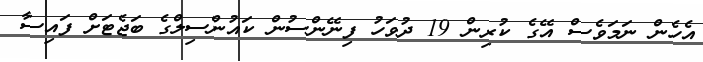
އެހެން ނަމަވެސް އޭގެ ކުރިން 19 ދުވަހު ފިނޭންސުން ކައުންސިލްގެ ބަޖެޓަށް ފައިސާ